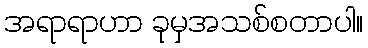
အရာရာဟာ ခုမှအသစ်စတာပါ။